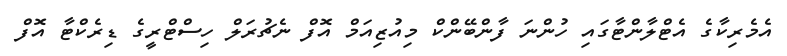
އެމެރިކާގެ އެޓްލާންޓާގައި ހުންނަ ފާންބޭންކް މިއުޒިއަމް އޮފް ނެޗުރަލް ހިސްޓްރީގެ ޑިރެކްޓާ އޮފް